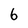
Character: 6